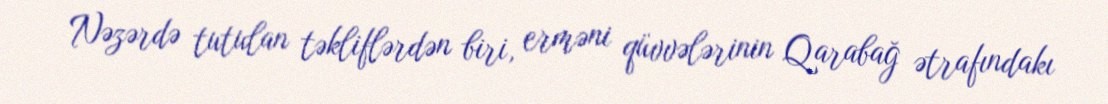
Nəzərdə tutulan təkliflərdən biri, erməni qüvvələrinin Qarabağ ətrafındakı